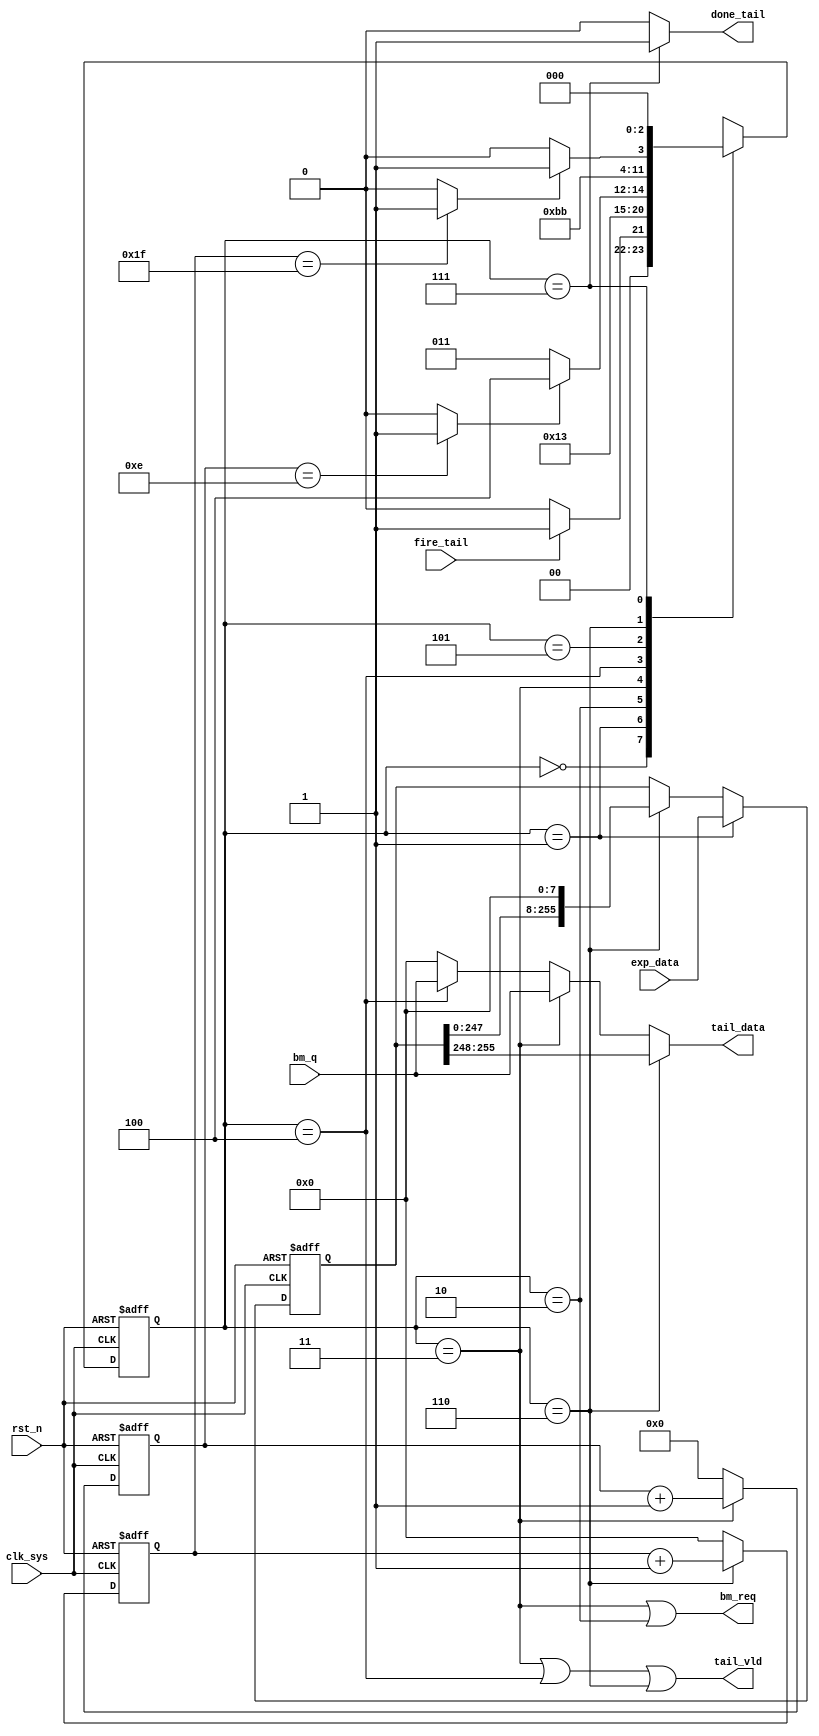
//pack_tail.v


module pack_tail(
fire_tail,
done_tail,
//data path
bm_q,
bm_req,
exp_data,
tail_data,
tail_vld,
//clk rst
clk_sys,
rst_n
);
input		fire_tail;
output	done_tail;
//data path
input [7:0]	bm_q;
output			bm_req;
input [255:0]	exp_data;
output [7:0]	tail_data;
output				tail_vld;
//clk rst
input clk_sys;
input rst_n;
//---------------------------------------
//---------------------------------------


//----------- main FSM ---------
parameter S_IDLE = 3'h0;
parameter S_PREP = 3'h1;
parameter S_RBMF = 3'h2;	//read bm first
parameter S_RDBM = 3'h3;	//read bm
parameter S_RBML = 3'h4;	//read bm last
parameter S_PNOP = 3'h5;	// push nop for debug
parameter S_RDEP = 3'h6;
parameter S_DONE = 3'h7;
reg [2:0] st_pack_tail;
wire finish_bm;
wire finish_ep;
always @ (posedge clk_sys or negedge rst_n)	begin
	if(~rst_n)
		st_pack_tail <= S_IDLE;
	else begin
		case(st_pack_tail)
			S_IDLE : st_pack_tail <= fire_tail ? S_PREP : S_IDLE ;
			S_PREP : st_pack_tail <= S_RBMF;
			S_RBMF : st_pack_tail <= S_RDBM;
			S_RDBM : st_pack_tail <= finish_bm ? S_RBML : S_RDBM;
			S_RBML : st_pack_tail <= S_PNOP;
			S_PNOP : st_pack_tail <= S_RDEP;
			S_RDEP : st_pack_tail <= finish_ep ? S_DONE : S_RDEP;
			S_DONE : st_pack_tail <= S_IDLE;
			default : st_pack_tail <= S_IDLE;
		endcase
	end
end


//---------- FSM condition --------
reg [4:0] cnt_bm;
always @(posedge clk_sys or negedge rst_n)	begin
	if(~rst_n)
		cnt_bm <= 5'h0;
	else if(st_pack_tail == S_RDBM)
		cnt_bm <= cnt_bm + 5'h1;
	else 
		cnt_bm <= 5'h0;
end
assign finish_bm = (cnt_bm == 5'd14) ? 1'b1 : 1'b0;
reg [7:0] cnt_ep;
always @ (posedge clk_sys or negedge rst_n)	begin
	if(~rst_n)
		cnt_ep <= 8'h0;
	else if(st_pack_tail == S_RDEP)
		cnt_ep <= cnt_ep + 8'h1;
	else 
		cnt_ep <= 8'h0;
end
assign finish_ep = (cnt_ep == 8'd31) ? 1'b1 : 1'b0;



//---------- control signal -----------
wire bm_req = (st_pack_tail == S_RDBM) | (st_pack_tail == S_RBMF);
wire done_tail = (st_pack_tail == S_DONE) ? 1'b1 : 1'b0;


//---------- prepare swift register -------
reg [255:0] lock_ep;
always @(posedge clk_sys or negedge rst_n)	begin
	if(~rst_n)
		lock_ep <= 256'h0;
	else if(st_pack_tail == S_PREP)
		lock_ep <= exp_data;
	else if(st_pack_tail == S_RDEP)
		lock_ep <= {lock_ep[247:0],8'h0};
	else ;
end


//---------- data output ------------
wire [7:0] 	tail_data;
wire 				tail_vld = 	(st_pack_tail == S_RDBM) | 
												(st_pack_tail == S_RBML) |
												(st_pack_tail == S_RDEP);
assign tail_data = 	(st_pack_tail == S_RDEP) ? lock_ep[255:248] :
										(st_pack_tail == S_RDBM) ? bm_q : 
										(st_pack_tail == S_RBML) ? bm_q : 8'h0;
endmodule